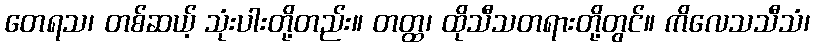
တေရသ၊ တစ်ဆယ့် သုံးပါးတို့တည်း။ တတ္ထ၊ ထိုသီသတရားတို့တွင်။ ကိလေသသီသံ၊